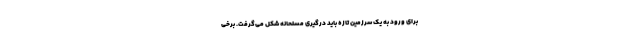
برای ورود به یک سرزمین تازه باید درگیری مسلحانه شکل می‌گرفت. برخی